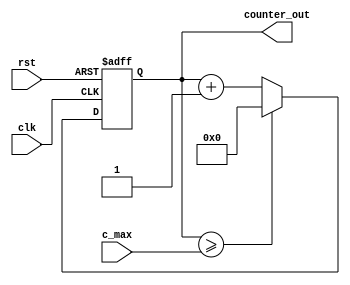
module contador(
	input clk, rst,
	input [3:0] c_max,
	output reg [3:0] counter_out
);


always @(posedge clk or negedge rst)
begin

	if(!rst)
	begin
		counter_out <= 0;
	end
	else
	begin
		if(counter_out >= c_max)
		begin
			counter_out <= 0;
		end
		else
			counter_out <= counter_out + 1;
	end
end
endmodule